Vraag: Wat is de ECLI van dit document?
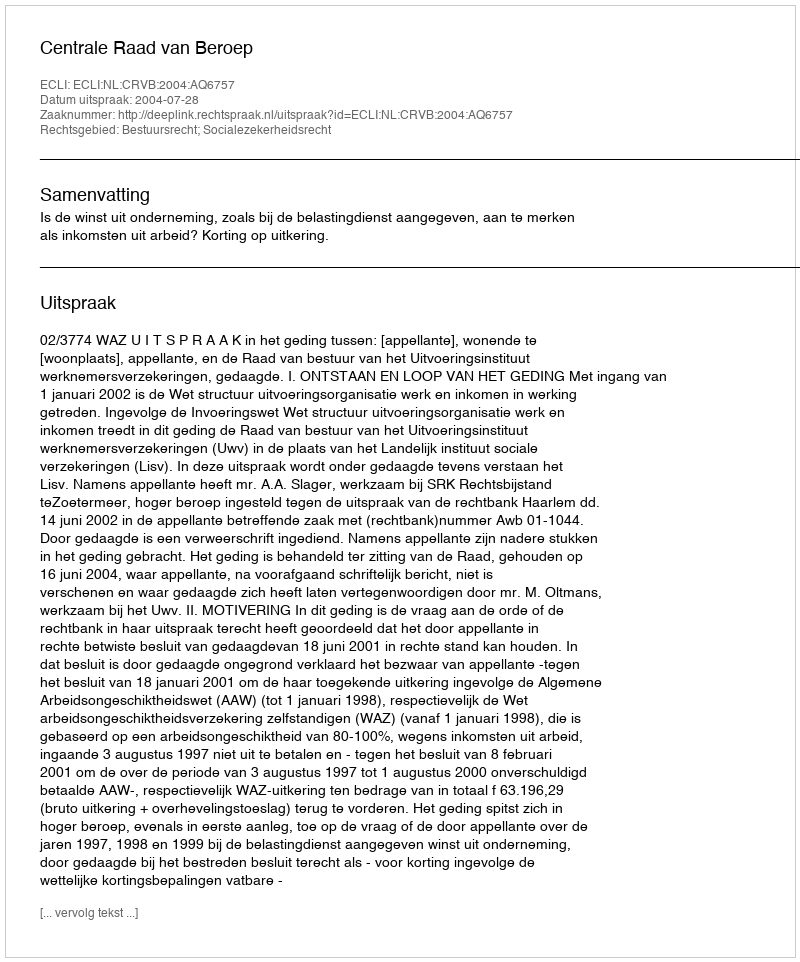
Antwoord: ECLI:NL:CRVB:2004:AQ6757